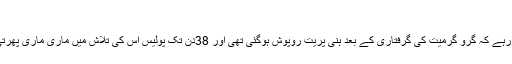
“
واضح رہے کہ گرو گرمیت کی گرفتاری کے بعد ہنی پریت روپوش ہوگئی تھی اور 38دن تک پولیس اس کی تلاش میں ماری ماری پھرتی رہی۔